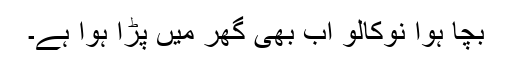
بچا ہوا نوکالو اب بھی گھر میں پڑا ہوا ہے۔